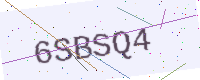
Text: 6SBSQ4